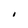
Character: I